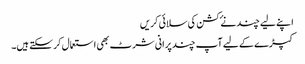
اپنے لیے چند نۓ کشن کی سلائی کریں
کپڑے کے لیے آپ چند پرانی شرٹ بھی استعمال کر سکتے ہیں۔